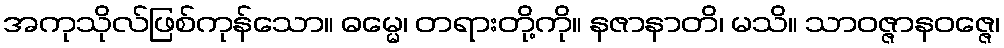
အကုသိုလ်ဖြစ်ကုန်သော။ ဓမ္မေ၊ တရားတို့ကို။ နဇာနာတိ၊ မသိ။ သာဝဇ္ဇာနဝဇ္ဇေ၊